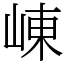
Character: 崠